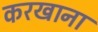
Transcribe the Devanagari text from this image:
करखाना